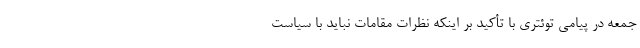
جمعه در پیامی توئتری با تأکید بر اینکه نظرات مقامات نباید با سیاست